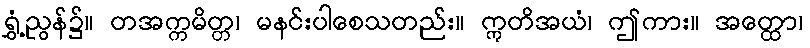
ရွှံ့ညွန်၌။ တအက္ကမိတ္တ၊ မနင်းပါစေသတည်း။ ဣတိအယံ၊ ဤကား။ အတ္ထော၊